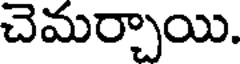
చెమర్చాయి.